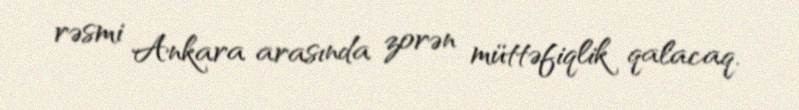
rəsmi Ankara arasında zorən müttəfiqlik qalacaq.